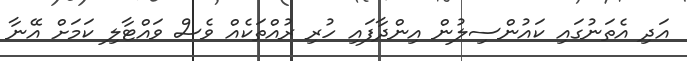
އަދި އެތަނުގައި ކައުންސިލުން އިންދާފައި ހުރި ރުއްތަކެއް ވެސް ވައްޓާލި ކަމަށް އޭނާ